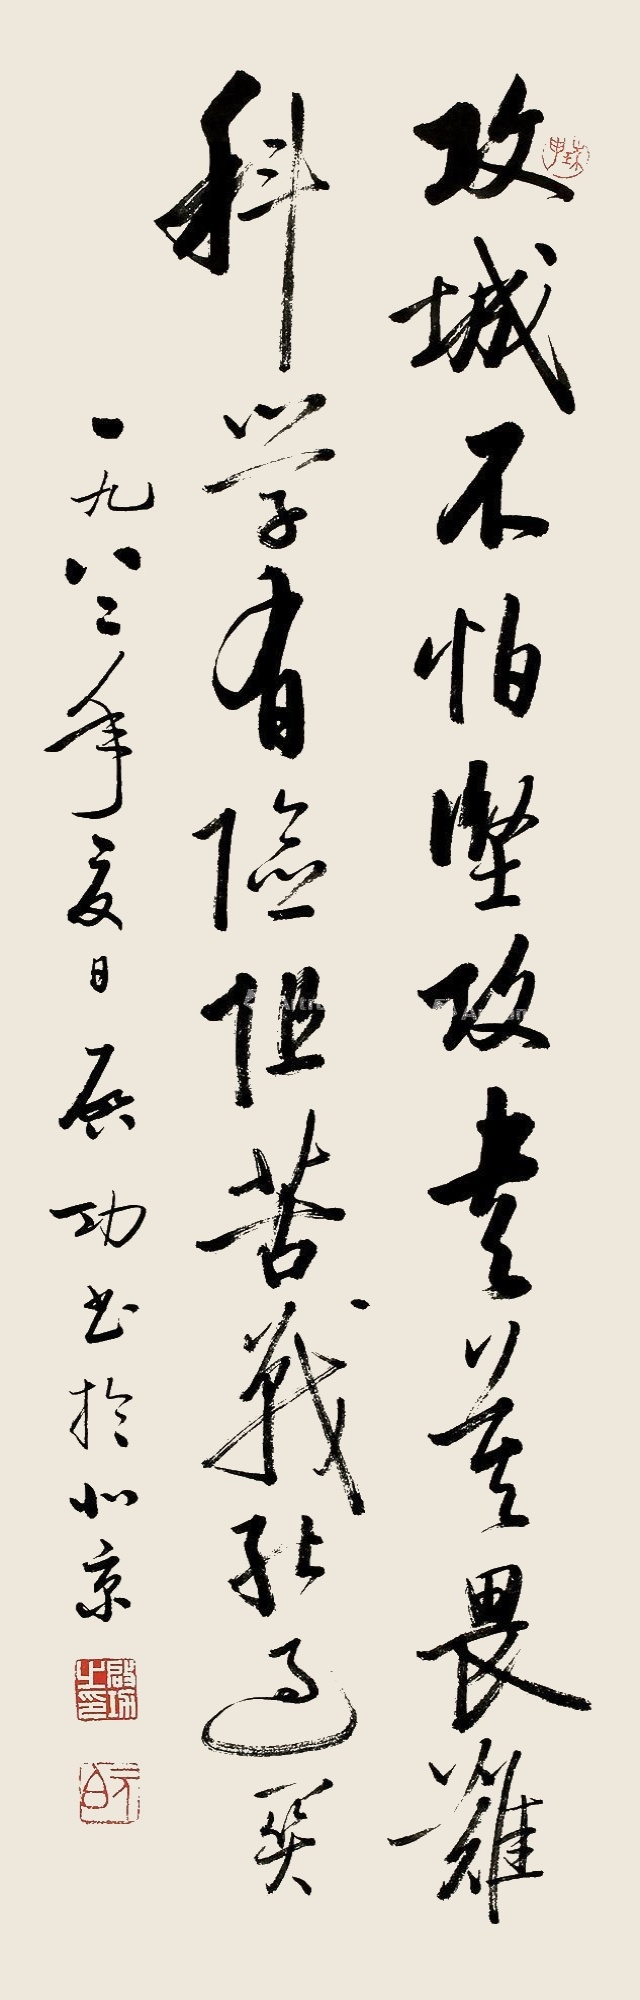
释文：攻城不怕坚，攻书莫畏难。科学有险阻，苦战能过关。一九八二年夏日，启功书于北京。